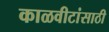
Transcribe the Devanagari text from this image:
काळवीटांसाठी